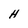
Character: H